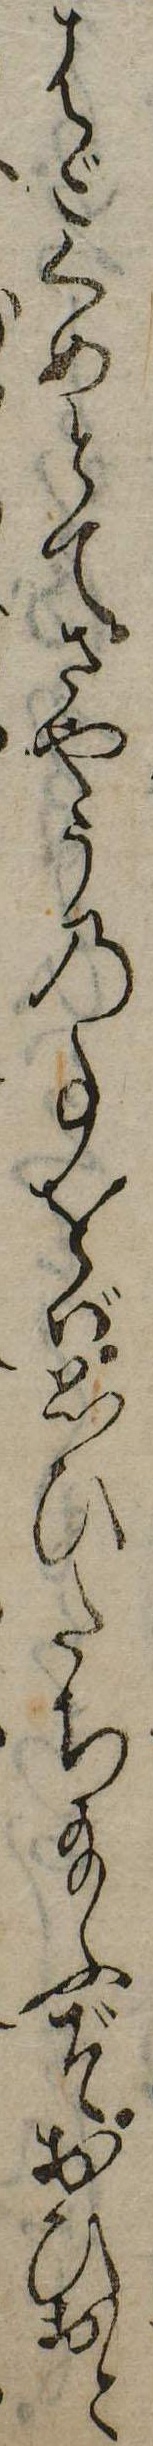
はごくめとてさやうの事をば思ひたち給ふぞおひおと